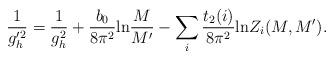
LaTeX: \begin{align*}\frac{1}{g'^2_h} = \frac{1}{g^2_h} + \frac{b_0}{8 \pi^2} \mbox{ln} \frac{M}{M'} - \sum_i \frac{t_2(i)}{8 \pi^2} \mbox{ln}Z_i(M,M').\end{align*}